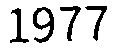
1977